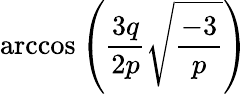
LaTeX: \operatorname{arccos}\left({\frac{3q}{2p}}{\sqrt{\frac{-3}{p}}}\right)